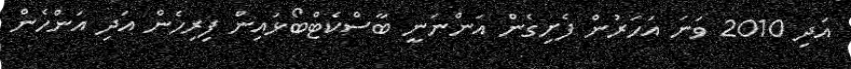
އަދި 2010 ވަނަ އަަހަރުން ފެށިގެން އަންނަނީ ބާސްކެޓްބޯޅައިން ފިރިހެން އަދި އަންހެން